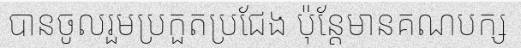
បានចូលរួមប្រកួតប្រជែង ប៉ុន្តែមានគណបក្ស